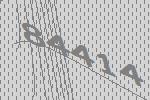
84414